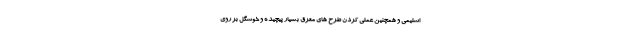
اسلیمی و همچنین عملی کردن طرح های معرق بسیار پیچیده و خوشگل بر روی